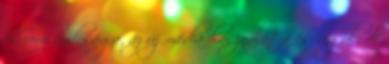
és romlandósága, az új média használata és végül, de